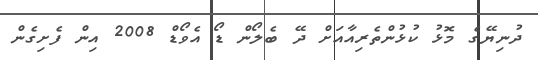
ދުނިޔޭގެ މޮޅު ކުޅުންތެރިއާއަށް ދޭ ބެލޯން ޑޯ އެވޯޑް 2008 އިން ފެށިގެން